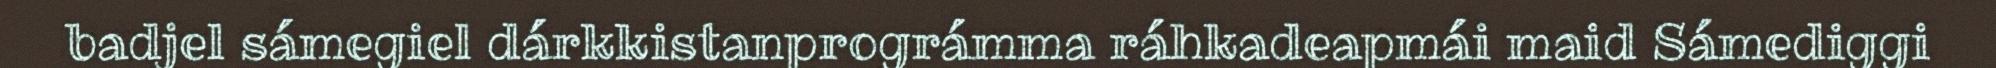
badjel sámegiel dárkkistanprográmma ráhkadeapmái maid Sámediggi